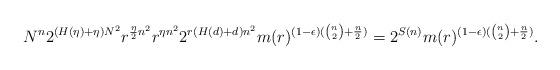
LaTeX: \begin{align*}N^n 2^{(H(\eta)+\eta)N^2}r^{\frac{ \eta}{2} n^2}r^{\eta n^2} 2^{r(H(d)+d)n^2} m(r)^{(1-\epsilon)({n\choose 2} +\frac{n}{2})} = 2^{S(n)} m(r)^{(1-\epsilon)({n\choose 2} +\frac{n}{2})}.\end{align*}